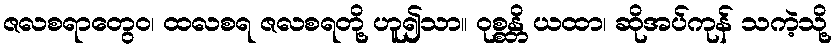
ဇလစရာတွေဝ၊ ထလစရ ဇလစရတို့ ဟူ၍သာ။ ဝုစ္စန္တိ ယထာ၊ ဆိုအပ်ကုန် သကဲ့သို့